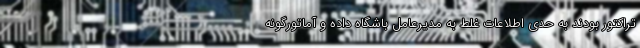
تراکتور بودند به حدی اطلاعات غلط به مدیرعامل باشگاه داده و آماتورگونه